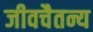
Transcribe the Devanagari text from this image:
जीवचैतन्य